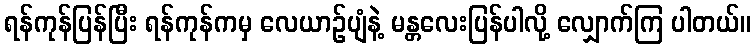
ရန်ကုန်ပြန်ပြီး ရန်ကုန်ကမှ လေယာဉ်ပျံနဲ့ မန္တလေးပြန်ပါလို့ လျှောက်ကြ ပါတယ်။